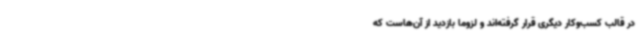
در قالب کسب‌وکار دیگری قرار گرفته‌اند و لزوما بازدید از آن‌هاست که